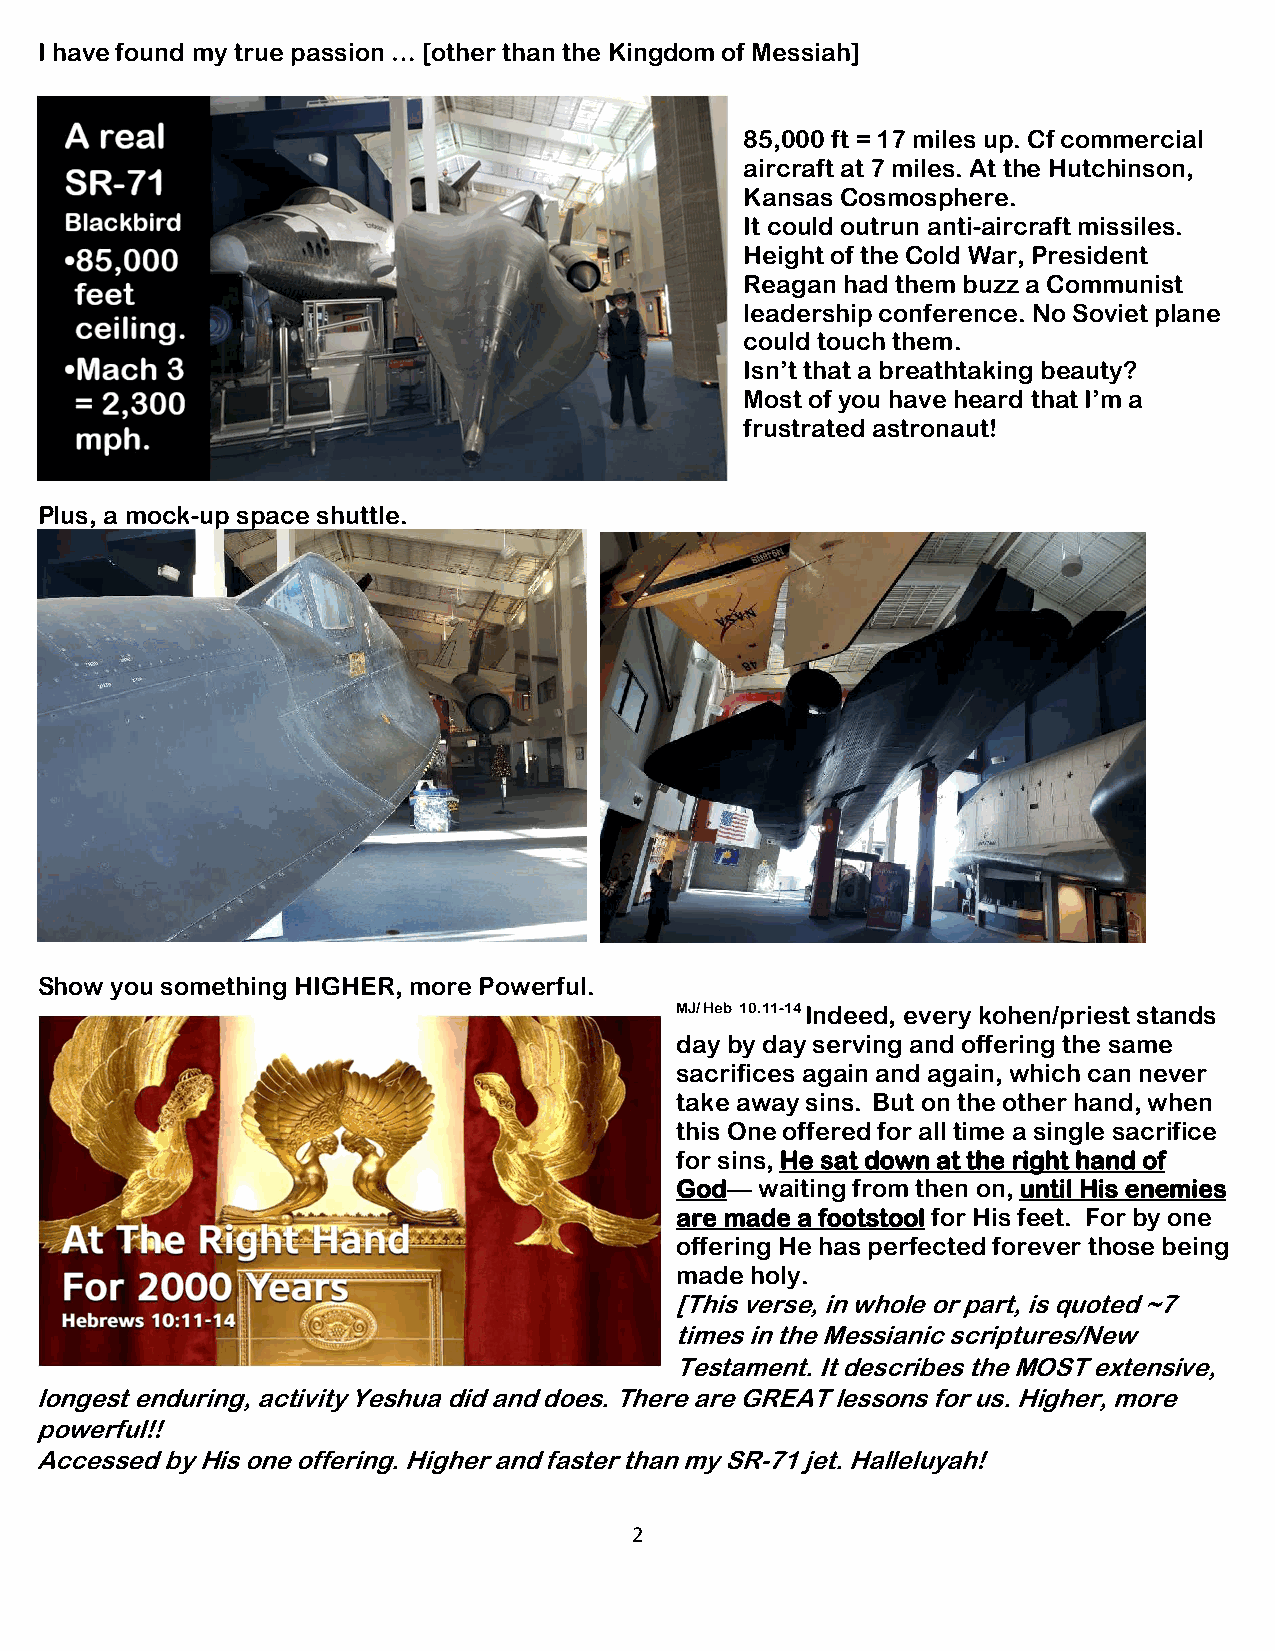
I have found my true passion … [other than the Kingdom of Messiah]
 85,000 ft = 17 miles up. Cf commercial
 aircraft at 7 miles. At the Hutchinson,
 Kansas Cosmosphere.
 It could outrun anti-aircraft missiles.
 Height of the Cold War, President
 Reagan had them buzz a Communist
 leadership conference. No Soviet plane
 could touch them.
 Isn’t that a breathtaking beauty?
 Most of you have heard that I’m a
 frustrated astronaut!
 Plus, a mock-up space shuttle.
 Show you something HIGHER, more Powerful.
 MJ/ Heb 10.11-14 Indeed, every kohen/priest stands
 day by day serving and offering the same
 sacrifices again and again, which can never
 take away sins. But on the other hand, when
 this One offered for all time a single sacrifice
 for sins, He sat down at the right hand of
 God— waiting from then on, until His enemies
 are made a footstool for His feet. For by one
 offering He has perfected forever those being
 made holy.
 [This verse, in whole or part, is quoted ~7
 times in the Messianic scriptures/New
 Testament. It describes the MOST extensive,
 longest enduring, activity Yeshua did and does. There are GREAT lessons for us. Higher, more
 powerful!!
 Accessed by His one offering. Higher and faster than my SR-71 jet. Halleluyah!
 2